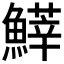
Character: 𩺵